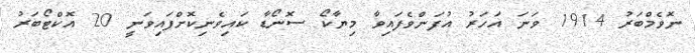
ނޮވެމްބަރު 1914 ވަނަ އަހަރު އުފަންވެފައިވާ މިޔާކޯ ސޮނޯޑާ ކައިވެނިކޮށްފައިވަނީ 20 އޮކްޓޯބަރު